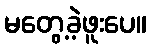
မတွေ့ခဲ့ဖူးပေ။